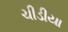
ચીડીયા